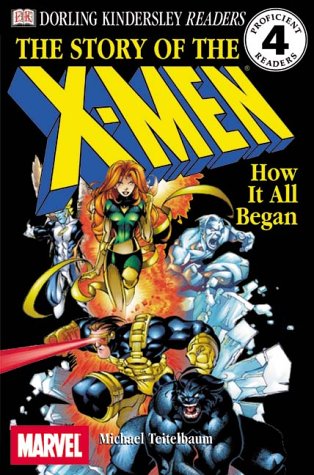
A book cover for DK Readers: The Story of the X-Men, How It All Began (Level 4: Proficient Readers); Michael Teitelbaum; Crafts, Hobbies & Home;